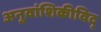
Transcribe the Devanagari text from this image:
अनुवांशिकीविद्